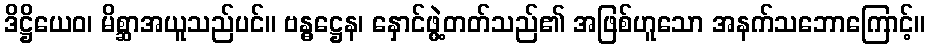
ဒိဋ္ဌိယေဝ၊ မိစ္ဆာအယူသည်ပင်။ ဗန္ဓဋ္ဌေန၊ နှောင်ဖွဲ့တတ်သည်၏ အဖြစ်ဟူသော အနက်သဘောကြောင့်။